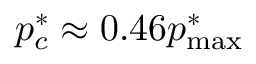
p _ { c } ^ { * } \approx 0 . 4 6 p _ { \mathrm { m a x } } ^ { * }